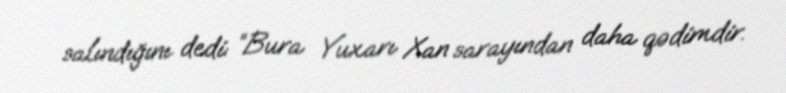
salındığını dedi: “Bura Yuxarı Xan sarayından daha qədimdir.